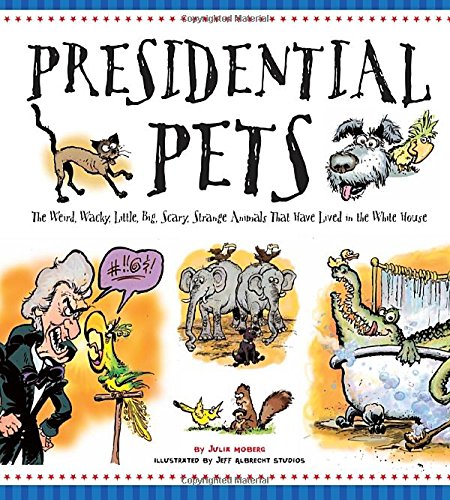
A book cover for Presidential Pets: The Weird, Wacky, Little, Big, Scary, Strange Animals That Have Lived In The White House; Julia Moberg; Children's Books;